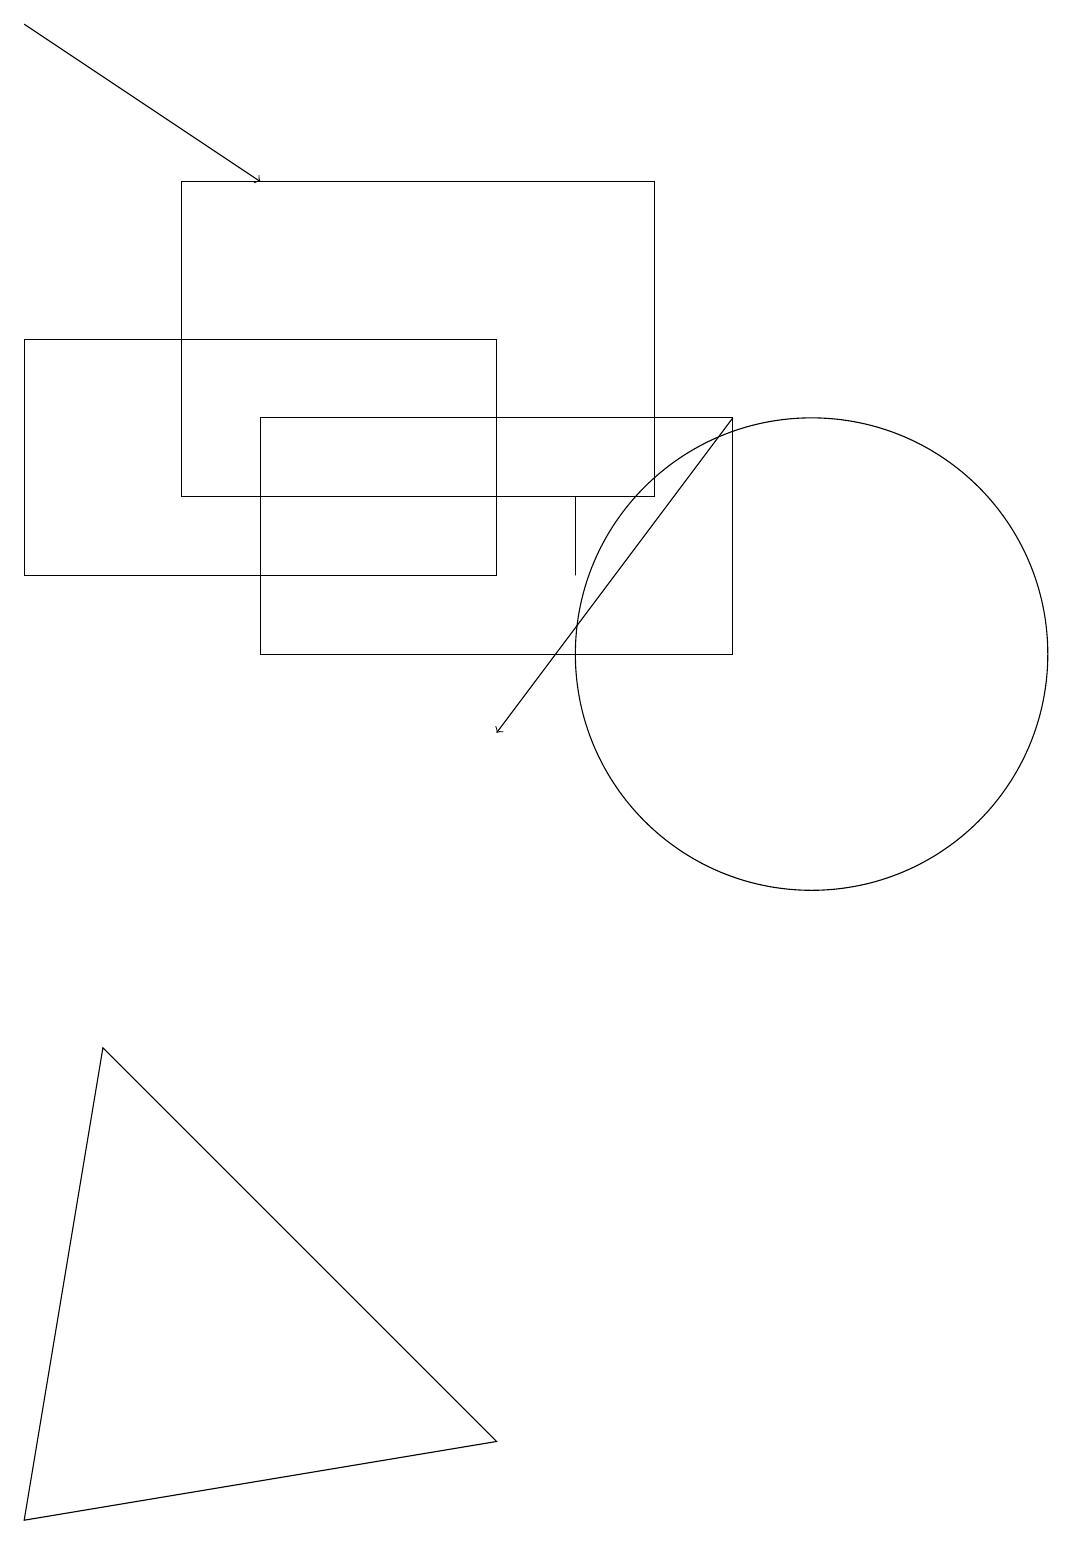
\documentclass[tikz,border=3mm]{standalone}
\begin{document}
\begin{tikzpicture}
\draw (6,15) rectangle (0,12);
\draw (0,0) -- (6,1) -- (1,6) -- cycle;
\draw[->] (9,14) -- (6,10);
\draw (7,13) rectangle (7,12);
\draw (2,17) rectangle (8,13);
\draw (9,14) rectangle (3,11);
\draw[->] (0,19) -- (3,17);
\draw (10,11) circle (3);
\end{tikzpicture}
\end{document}